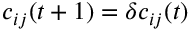
c _ { i j } ( t + 1 ) = \delta c _ { i j } ( t )